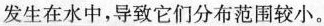
发生在水中，导致它们分布范围较小。